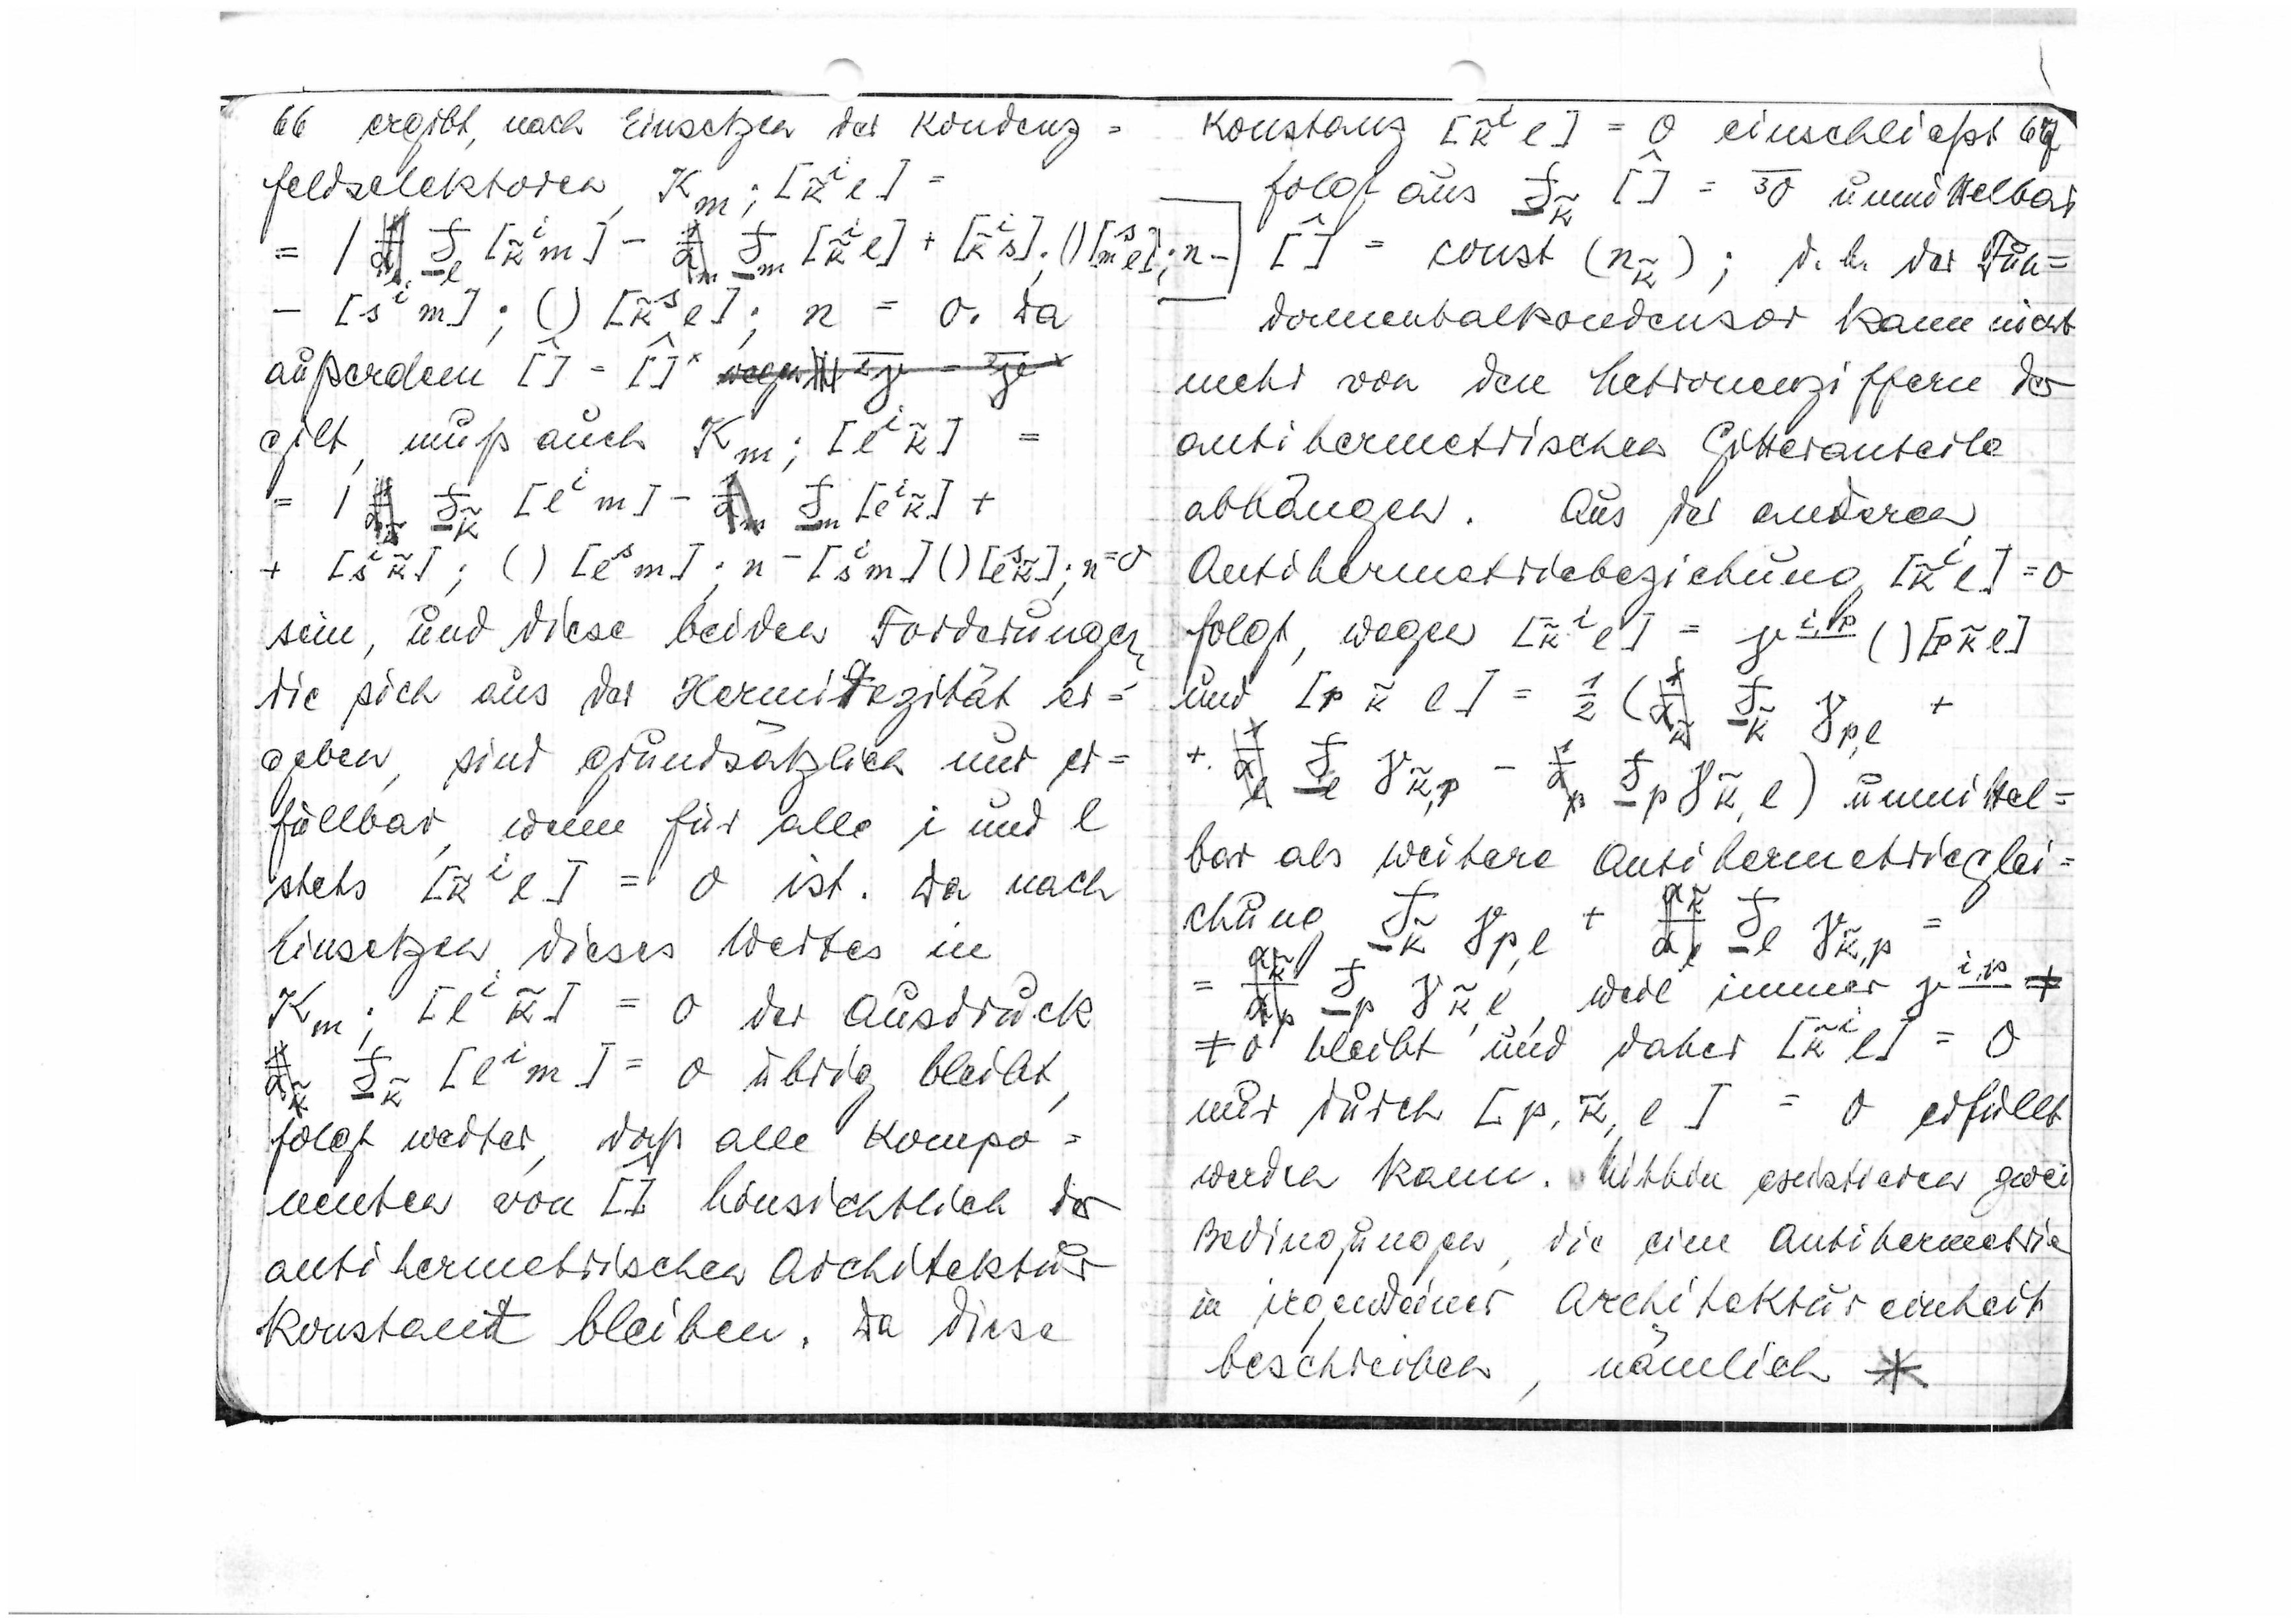
66
ergibt, nach Einsetzen der Kondenz=
feldselektoren

n = 0. Da
außerdem

gilt, muß auch

sein, und diese beiden Forderungen
die sich aus der Hermitizität er=
geben, sind grundsätzlich nur er=
füllbar, wenn für alle i und l
stets

= 0 ist. Da nach
Einsetzen dieses Wertes in

= 0 der Ausdruck

= 0 übrig bleibt,
folgt weiter, daß alle Kompo=
nenten von

hinsichtlich der
antihermetrischen Architektur
konstant bleiben. Da diese

Konstanz

 = 0 einschließt
67
folgt aus

unmittelbar

= const

d.h. der Fun=
damentalkondensor kann nicht
mehr von den Metronenziffern der
antihermetrischen Gitteranteile
abhängen. Aus der anderen
Antihermetriebeziehung

= 0
folgt, wegen

und

unmittel=
bar als weitere Antihermetrieglei=

+
chung

weil immer

≠ 0 bleibt und daher

= 0
nur durch

= 0 erfüllt
werden kann. Mithin existieren zwei
Bedingungen, die eine Antihermetrie
in irgendeiner Architektureinheit
beschreiben, nämlich